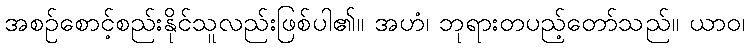
အစဉ်စောင့်စည်းနိုင်သူလည်းဖြစ်ပါ၏။ အဟံ၊ ဘုရားတပည့်တော်သည်။ ယာဝ၊